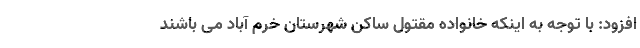
افزود: با توجه به اینکه خانواده مقتول ساکن شهرستان خرم آباد می باشند